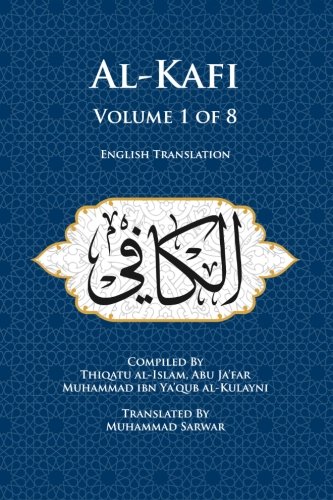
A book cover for Al-Kafi, Volume 1 of 8: English Translation; Thiqatu al-Islam, Abu ja'far Muhammad ibn Ya'qub al-Kulayni; Religion & Spirituality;